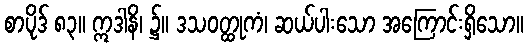
စာပိုဒ် ၈၃။ ဣဒါနိ၊ ၌။ ဒသဝတ္ထုကံ၊ ဆယ်ပါးသော အကြောင်းရှိသော။